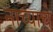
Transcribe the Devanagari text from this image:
नाच्याचे